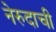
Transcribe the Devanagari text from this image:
नेरुदाची